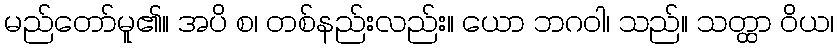
မည်တော်မူ၏။ အပိ စ၊ တစ်နည်းလည်း။ ယော ဘဂဝါ၊ သည်။ သတ္ထာ ဝိယ၊